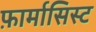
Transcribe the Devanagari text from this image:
फ़ार्मासिस्ट